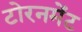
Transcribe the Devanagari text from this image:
टोरनमेंट